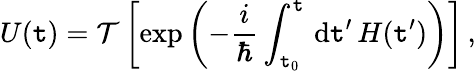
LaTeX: U(\mathtt{t})={\mathcal{{T}}}\left[\exp\left(-{\frac{{i}}{{\hbar}}}\int_{\mathtt{t}_{0}}^{\mathtt{t}}\, \mathrm{{{d}}}\mathtt{t}^{\prime}\, H(\mathtt{t}^{\prime})\right)\right]\, ,